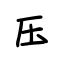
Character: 压